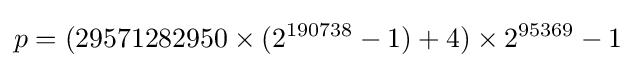
p=(29571282950\times (2^{190738}-1)+4)\times 2^{95369}-1